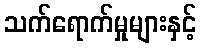
သက်ရောက်မှုများနှင့်